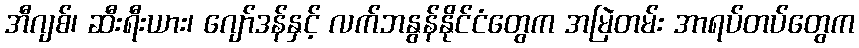
အီဂျစ်၊ ဆီးရီးယား၊ ဂျော်ဒန်နှင့် လက်ဘနွန်နိုင်ငံတွေက အမြဲတမ်း အာရပ်တပ်တွေက